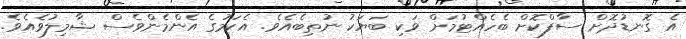
އެ ގޮނޑުދޮށް ސާފްކޮށް ބެހެއްޓުމަށް ވަކި ބަޔަކު ނުތިބެއެވެ. އެކަމުގެ އެންމެންވެސް ޝާމިލުވެއެވެ.